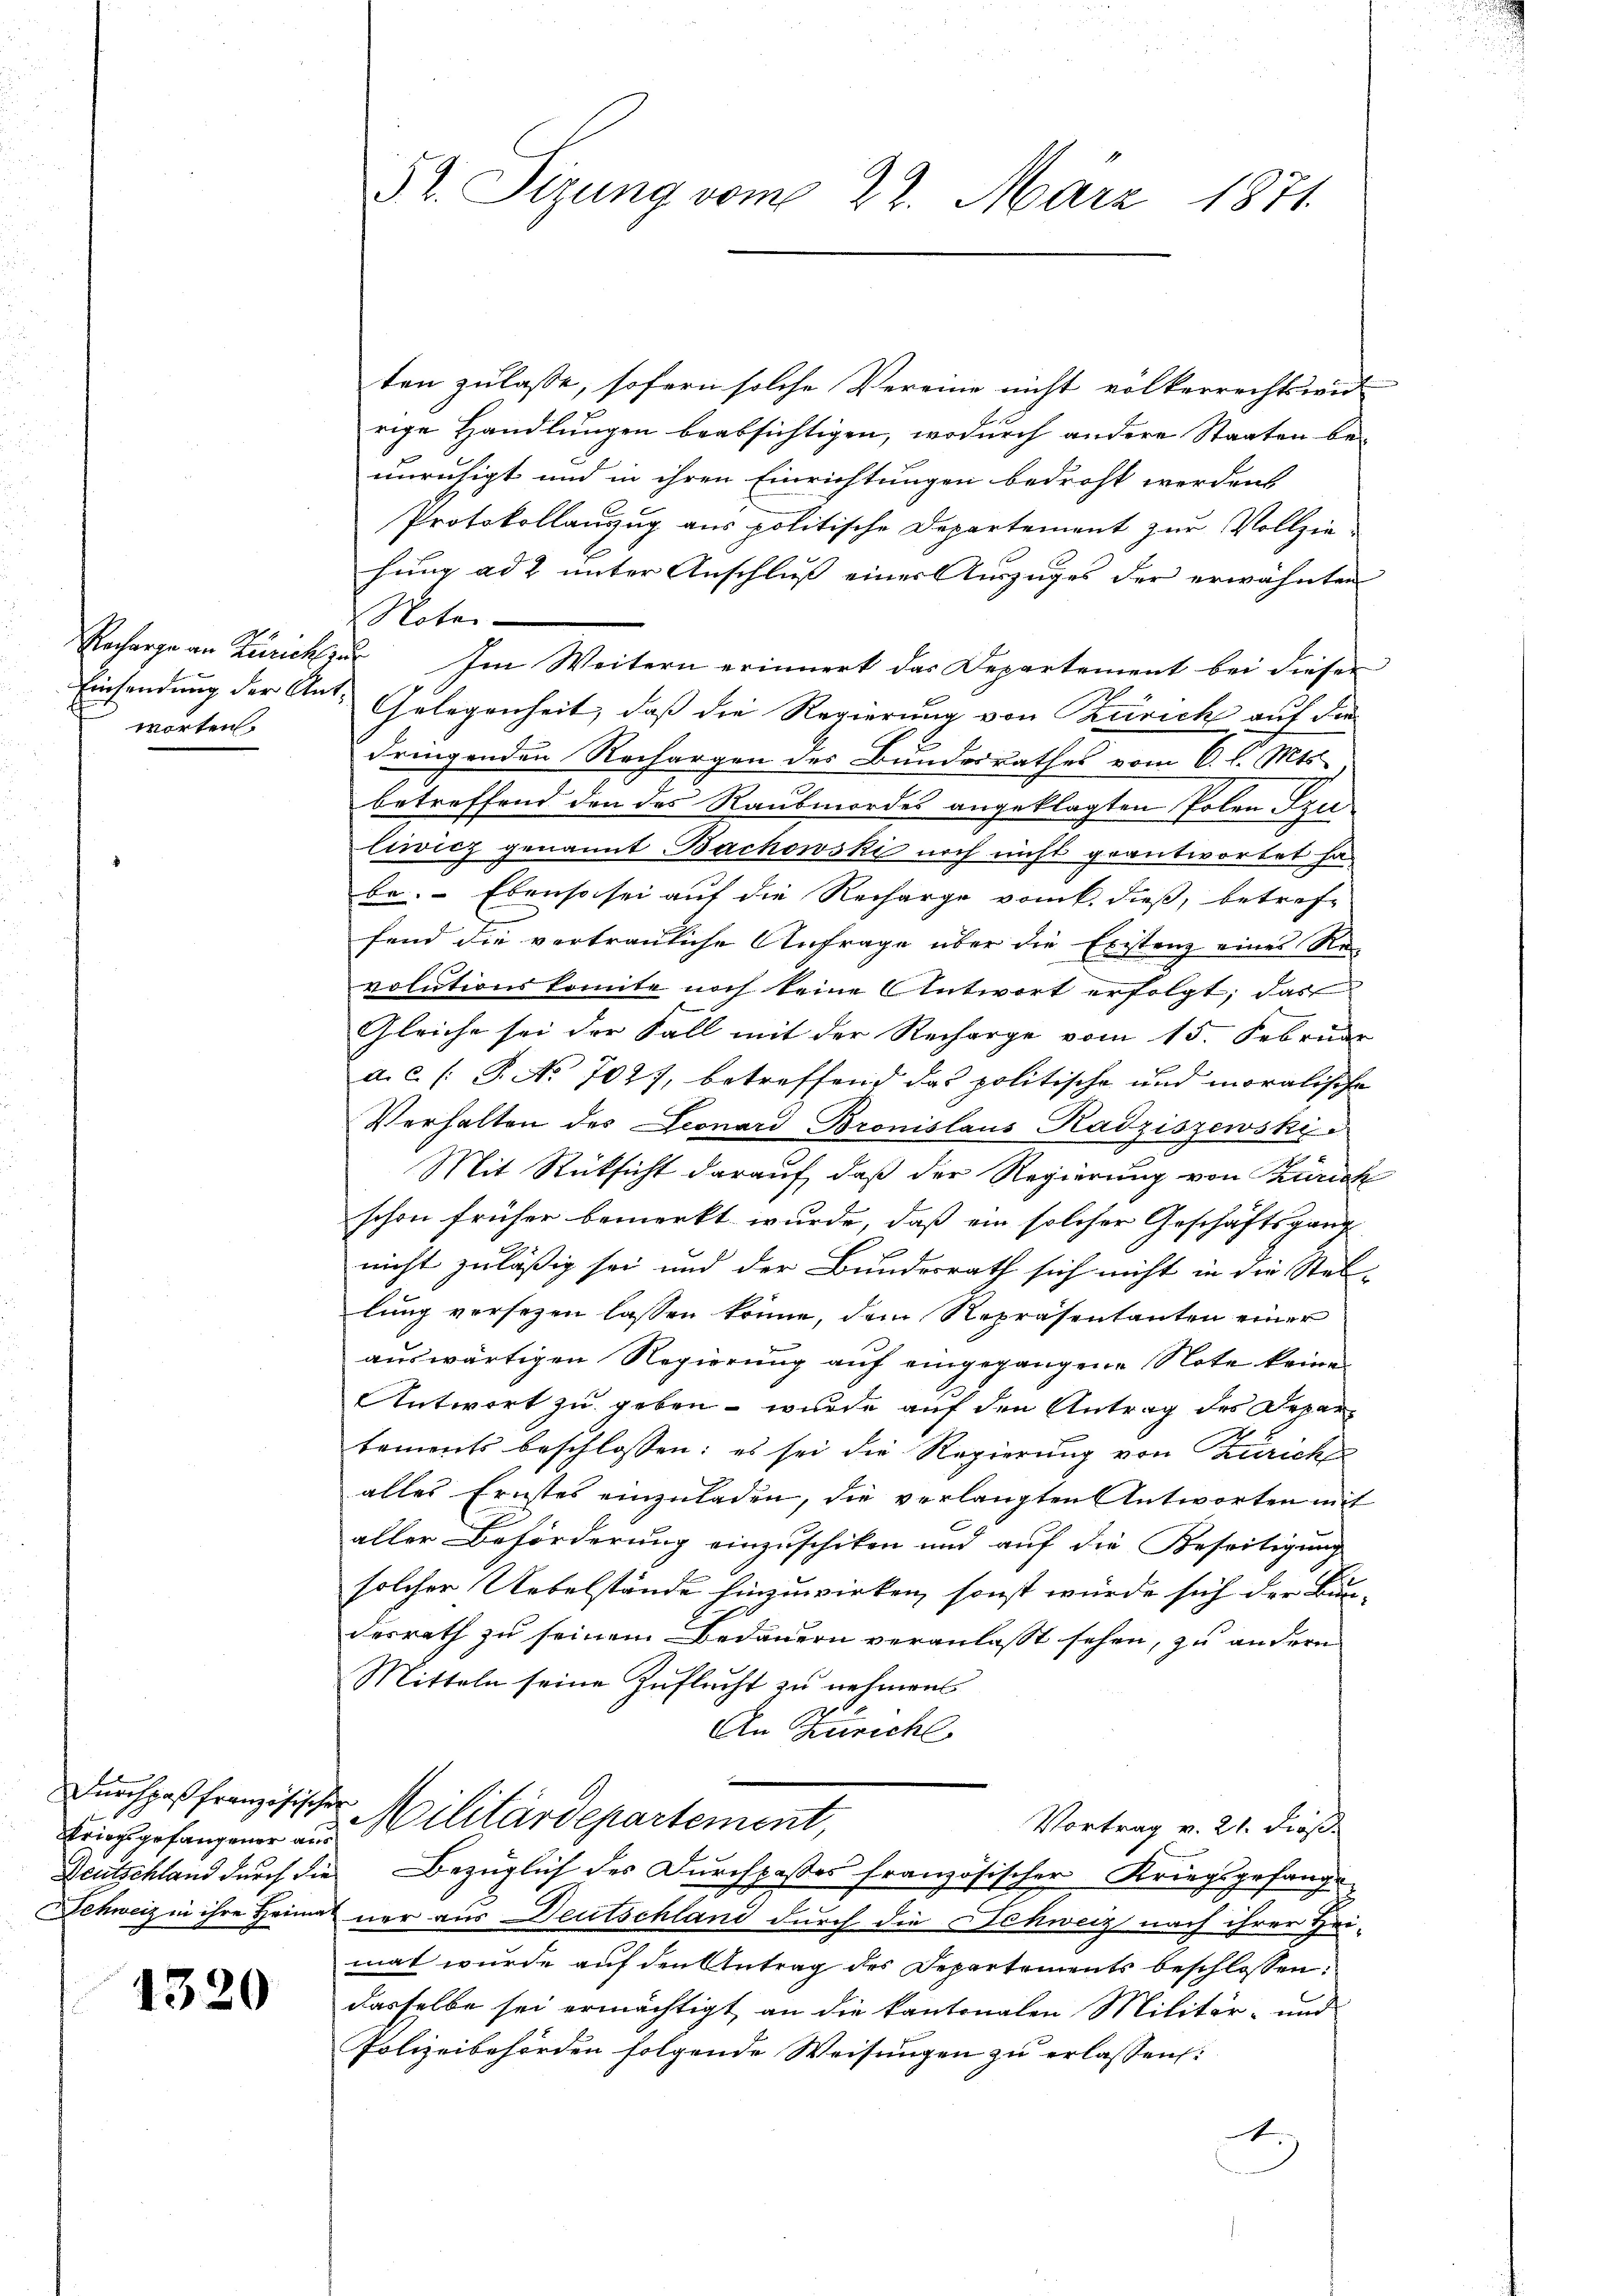
Recharge an Zürich zu
worten.

Kriegsgefangener aus

1320

52. Sizung vom 22. März 1871

ten zulasse, sofern solche Vereine nicht völkerrechtswid
rige Handlungen beabsichtigen, wodurch andere Staaten beunruhigt und in ihren Einrichtungen bedroht werdens
Protokollanzug aus politische Departement zur Vollziehung ad 2 unter Anschluß einer Auszuges der erwähnten
Noter
Im Weitern erinnert das Departement bei dieser
Einsendung der Ant. Gelegenheit, daß die Regierung von Zürich auf die
dringenden Rechargen des Bundesrathes vom 6. d. Mts.
betreffend den des Raubmordes angeklagten Polen. Den
liwicz genannt Bachowski noch nicht geantwortet ha
be. Ebenso sei auf die Recharge vom 6. dieß, betreffend die vertrauliche Anfrage über die Existenz eines Re-
volutionskomite noch keine Antwort erfolgt, das
e
Gleiche sei der Fall mit der Recharge vom 15. Februar
a.c. (T. No 702), betreffend das politische und moralische
Verhalten des Leonard Bronislaus Radziszewski
Mit Rücksicht darauf, daß der Regierung von Turich
schon früher bemerkt wurde, daß ein solcher Geschäftsgang
nicht zuläßig sei und der Bundesrath sich nicht in die Stel-
lung versezen lassen könne, dem Repräsentanten einer
auswärtigen Regierung auf eingegangene Note keine
Antwort zu geben – wurde auf den Antrag des Departements beschlossen: es sei die Regierung von Zürich
alles Ernstes einzuladen, die verlangten Antworten mit
aller Beförderung einzuschiken und auf die Beseitigung
solcher Uebelstände hinzuwirken, sonst würde sich der Bun-
desrath zu seinem Bedauern veranlasst sehen, zu andern
Mitteln seine Zuflucht zu nehmen
An Züricht
Durchpaß französischer Militärdepartement,
Vortrag v. 21. Fieß.
Deutschland durch die Bezüglich des Durchpaßes französischer Kriegsgefange
Schweiz in ihre Heimal nur aus Deutschland durch die Schweiz nach ihrer Hei-
mat wurde auf den Antrag des Departements beschlossen:
dasselbe sei ermächtigt an die kantonalen Militär- und
Polizeibehörden folgende Weisungen zu erlassen:
.